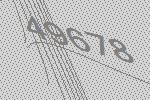
49678